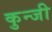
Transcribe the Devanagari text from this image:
कुन्जी